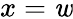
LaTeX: x=\mathit{w}